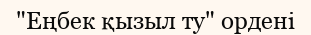
"Еңбек қызыл ту" ордені